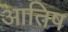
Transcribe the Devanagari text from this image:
आतिष